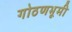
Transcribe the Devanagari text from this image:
गोठणभूमी